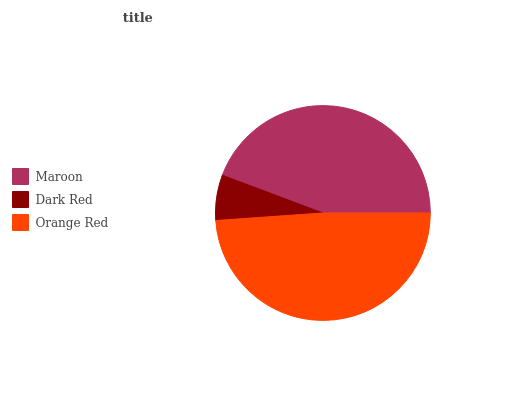
| Maroon | Dark Red | Orange Red |
 | --- | --- | --- |
 | 44.3% | 6.85% | 48.9% |